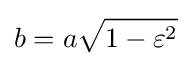
b=a{\sqrt {1-\varepsilon ^{2}}}